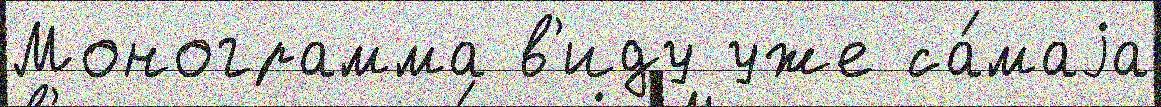
Монограмма в'иду уже са́маjа